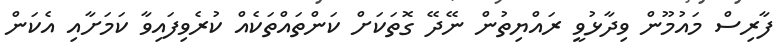
ފާރިސް މައުމޫން ވިދާޅުވީ ރައްޔިތުން ނޭދޭ ގޮތަކަށް ކަންތައްތަކެއް ކުރެވިފައިވާ ކަމަށާއި އެކަން